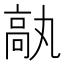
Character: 𩪿